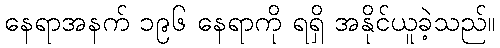
နေရာအနက် ၁၉၆ နေရာကို ရရှိ အနိုင်ယူခဲ့သည်။